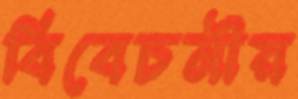
বিবেচনীয়